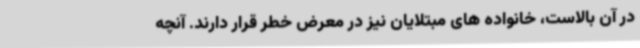
در آن بالاست، خانواده های مبتلایان نیز در معرض خطر قرار دارند. آنچه